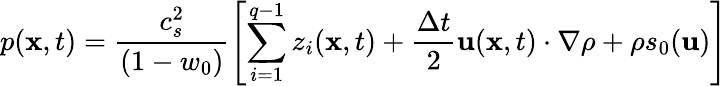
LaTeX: p(\mathbf{x},t)=\frac{c_{s}^{2}}{(1-w_{0})}\left[\sum_{i=1}^{q-1}z_{i}(\mathbf{x},t)+\frac{\Delta t}{2}\mathbf{u}(\mathbf{x},t)\cdot\nabla\rho+\rho s_{0}(\mathbf{u})\right]